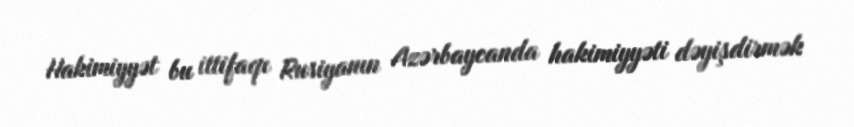
Hakimiyyət bu ittifaqı Rusiyanın Azərbaycanda hakimiyyəti dəyişdirmək